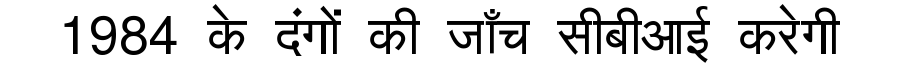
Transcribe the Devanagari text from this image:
1984 के दंगों की जाँच सीबीआई करेगी